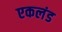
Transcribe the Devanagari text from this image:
एकलंड